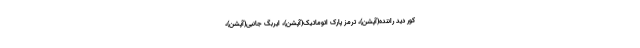
کور دید راننده(آپشن)، ترمز پارک اتوماتیک(آپشن)، ایربگ جانبی(آپشن)،